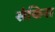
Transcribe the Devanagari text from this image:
संकिस